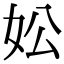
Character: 妐